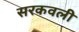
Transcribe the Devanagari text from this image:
सरकवली